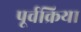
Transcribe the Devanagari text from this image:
पूर्वक्रिया